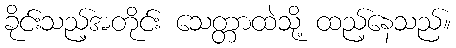
ခိုင်းသည့်အတိုင်း သေတ္တာထဲသို့ ထည့်နေသည်။